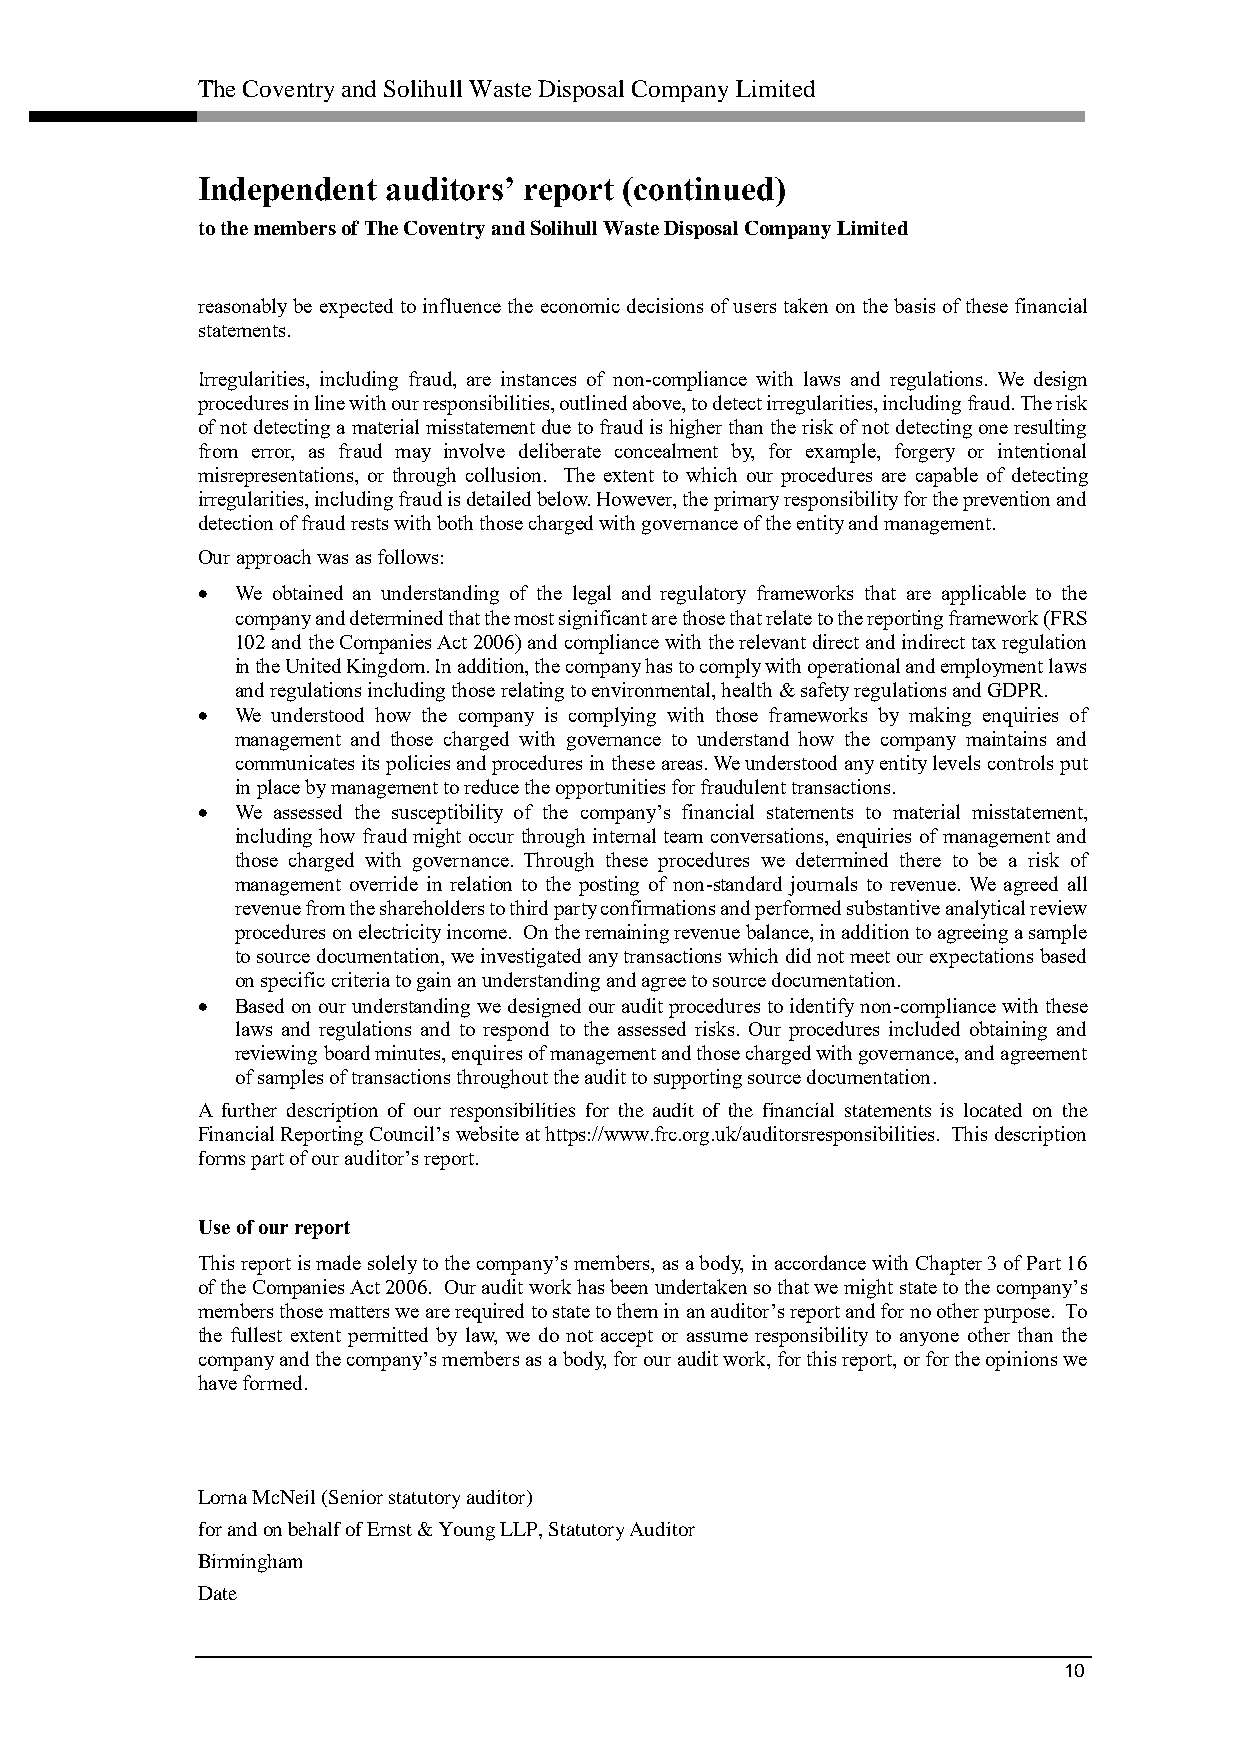
The Coventry and Solihull Waste Disposal Company Limited
 Independent  auditors’ report (continued)
 to the members of The Coventry and Solihull Waste Disposal Company Limited
 reasonably be expected to influence the economic decisions of users taken on the basis of these financial
 statements.
 Irregularities, including fraud, are instances of non-compliance with laws and regulations. We design
 procedures in line with our responsibilities, outlined above, to detect irregularities, including fraud. The risk
 of not detecting a material misstatement due to fraud is higher than the risk of not detecting one resulting
 from error, as fraud may involve deliberate concealment by, for example, forgery or intentional
 misrepresentations, or through collusion. The extent to which our procedures are capable of detecting
 irregularities, including fraud is detailed below. However, the primary responsibility for the prevention and
 detection of fraud rests with both those charged with governance of the entity and management.
 Our approach was as follows:
   We obtained an understanding of the legal and regulatory frameworks that are applicable to the
 company and determined that the most significant are those that relate to the reporting framework (FRS
 102 and the Companies Act 2006) and compliance with the relevant direct and indirect tax regulation
 in the United Kingdom. In addition, the company has to comply with operational and employment laws
 and regulations including those relating to environmental, health & safety regulations and GDPR.
   We understood how the company is complying with those frameworks by making enquiries of
 management and those charged with governance to understand how the company maintains and
 communicates its policies and procedures in these areas. We understood any entity levels controls put
 in place by management to reduce the opportunities for fraudulent transactions.
   We assessed the susceptibility of the company’s financial statements to material misstatement,
 including how fraud might occur through internal team conversations, enquiries of management and
 those charged with governance. Through these procedures we determined there to be a risk of
 management override in relation to the posting of non-standard journals to revenue. We agreed all
 revenue from the shareholders to third party confirmations and performed substantive analytical review
 procedures on electricity income. On the remaining revenue balance, in addition to agreeing a sample
 to source documentation, we investigated any transactions which did not meet our expectations based
 on specific criteria to gain an understanding and agree to source documentation.
   Based on our understanding we designed our audit procedures to identify non-compliance with these
 laws and regulations and to respond to the assessed risks. Our procedures included obtaining and
 reviewing board minutes, enquires of management and those charged with governance, and agreement
 of samples of transactions throughout the audit to supporting source documentation.
 A further description of our responsibilities for the audit of the financial statements is located on the
 Financial Reporting Council’s website at https://www.frc.org.uk/auditorsresponsibilities. This description
 forms part of our auditor’s report.
 Use of our report
 This report is made solely to the company’s members, as a body, in accordance with Chapter 3 of Part 16
 of the Companies Act 2006. Our audit work has been undertaken so that we might state to the company’s
 members those matters we are required to state to them in an auditor’s report and for no other purpose. To
 the fullest extent permitted by law, we do not accept or assume responsibility to anyone other than the
 company and the company’s members as a body, for our audit work, for this report, or for the opinions we
 have formed.
 Lorna McNeil (Senior statutory auditor)
 for and on behalf of Ernst & Young LLP, Statutory Auditor
 Birmingham
 Date
 10